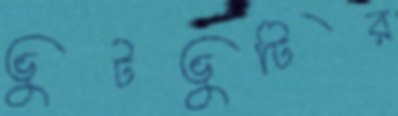
ভুটভুটির